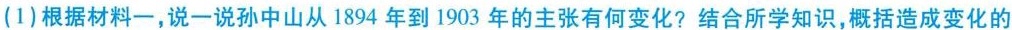
(1)根据材料一，说一说孙中山从1894年到1903年的主张有何变化?结合所学知识，概括造成变化的